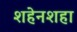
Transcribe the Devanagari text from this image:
शहेनशहा